Civil Veterinary Dept. Assam report 1911-1927 - 1911-1927
Year: 1911
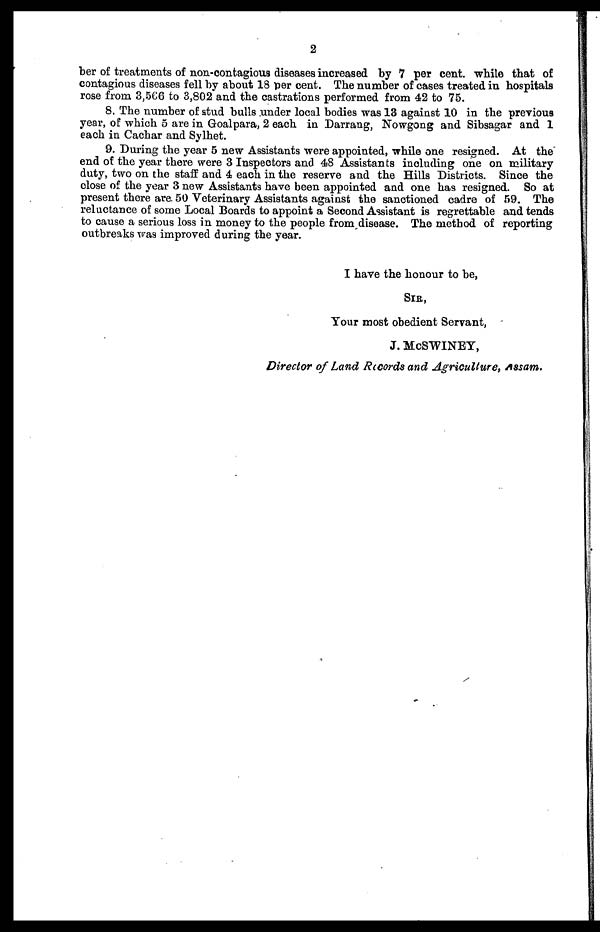
2
ber of treatments of non-contagious diseases increased by 7 per cent. while that of
contagious diseases fell by about 18 per cent. The number of cases treated in hospitals
rose from 3,566 to 3,802 and the castrations performed from 42 to 75.
8. The number of stud bulls under local bodies was 13 against 10 in the previous
year, of which 5 are in Goalpara, 2 each in Darrang, Nowgong and Sibsagar and 1
each in Cachar and Sylhet.
9. During the year 5 new Assistants were appointed, while one resigned. At the
end of the year there were 3 Inspectors and 48 Assistants including one on military
duty, two on the staff and 4 each in the reserve and the Hills Districts. Since the
close of the year 3 new Assistants have been appointed and one has resigned. So at
present there are 50 Veterinary Assistants against the sanctioned cadre of 59. The
reluctance of some Local Boards to appoint a Second Assistant is regrettable and tends
to cause a serious loss in money to the people from disease. The method of reporting
outbreaks was improved during the year.
I have the honour to be,
SIR,
Your most obedient Servant,
J. McSWINEY,
Director of Land Records and Agriculture, Assam.